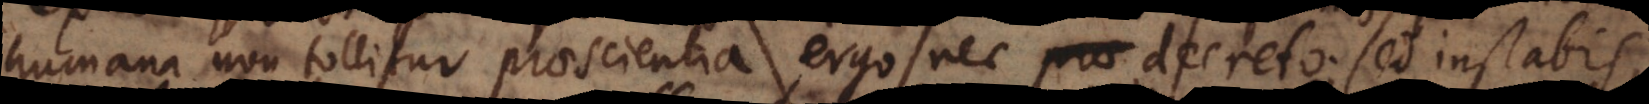
humana non tollitur praescientia, ergo nec prae decreto; sed instabis,